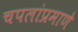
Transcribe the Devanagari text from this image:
चपलांप्रमाणे